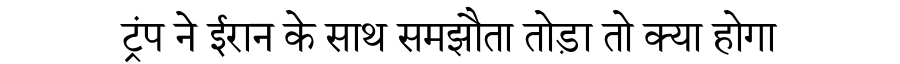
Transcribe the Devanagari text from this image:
ट्रंप ने ईरान के साथ समझौता तोड़ा तो क्या होगा